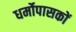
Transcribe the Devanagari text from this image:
धर्मोपासकों